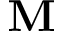
\mathbf { M }